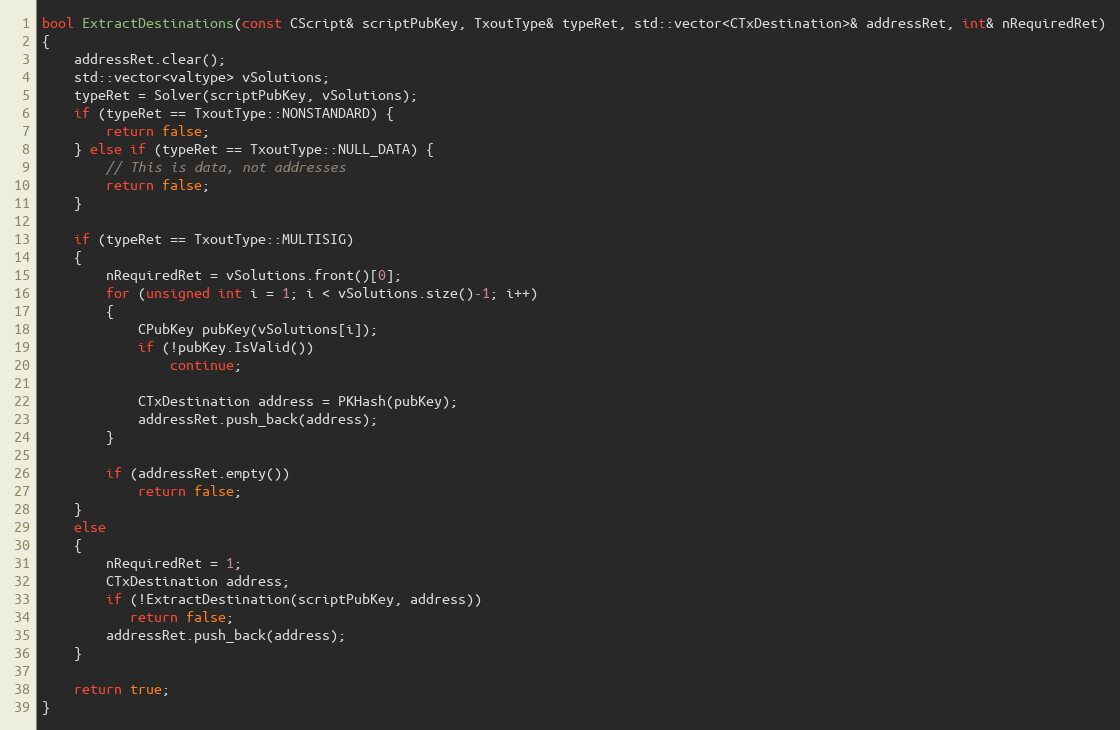
Language: C++
bool ExtractDestinations(const CScript& scriptPubKey, TxoutType& typeRet, std::vector<CTxDestination>& addressRet, int& nRequiredRet)
{
    addressRet.clear();
    std::vector<valtype> vSolutions;
    typeRet = Solver(scriptPubKey, vSolutions);
    if (typeRet == TxoutType::NONSTANDARD) {
        return false;
    } else if (typeRet == TxoutType::NULL_DATA) {
        // This is data, not addresses
        return false;
    }

    if (typeRet == TxoutType::MULTISIG)
    {
        nRequiredRet = vSolutions.front()[0];
        for (unsigned int i = 1; i < vSolutions.size()-1; i++)
        {
            CPubKey pubKey(vSolutions[i]);
            if (!pubKey.IsValid())
                continue;

            CTxDestination address = PKHash(pubKey);
            addressRet.push_back(address);
        }

        if (addressRet.empty())
            return false;
    }
    else
    {
        nRequiredRet = 1;
        CTxDestination address;
        if (!ExtractDestination(scriptPubKey, address))
           return false;
        addressRet.push_back(address);
    }

    return true;
}